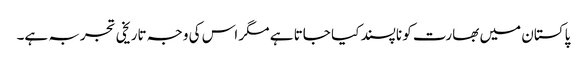
پاکستان میں بھارت کو ناپسند کیا جاتا ہے مگر اس کی وجہ تاریخی تجربہ ہے۔